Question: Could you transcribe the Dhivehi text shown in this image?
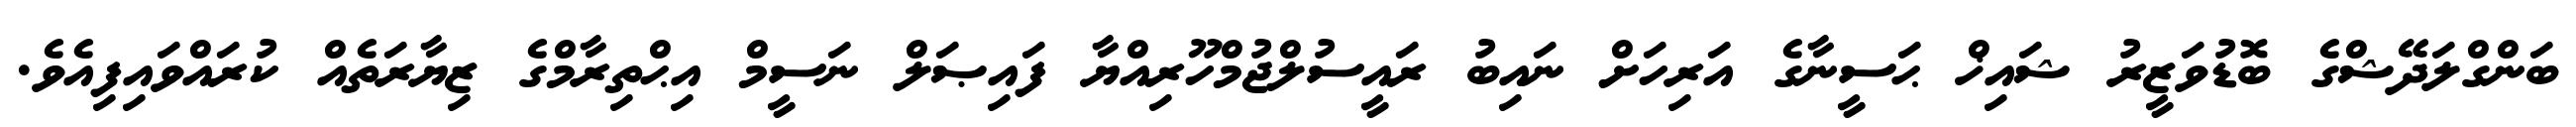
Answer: ބަންގްލަދޭޝްގެ ބޮޑުވަޒީރު ޝައިޚް ޙަސީނާގެ އަރިހަށް ނައިބު ރައީސުލްޖުމްހޫރިއްޔާ ފައިޞަލް ނަސީމް އިޙްތިރާމްގެ ޒިޔާރަތެއް ކުރައްވައިފިއެވެ.